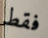
فقط